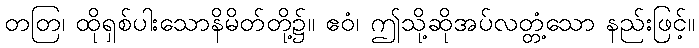
တတြ၊ ထိုရှစ်ပါးသောနိမိတ်တို့၌။ ဧဝံ၊ ဤသို့ဆိုအပ်လတ္တံ့သော နည်းဖြင့်။